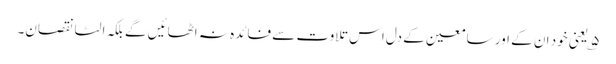
۵؎ یعنی خود ان کے اور سامعین کے دل اس تلاوت سے فائدہ نہ اٹھائیں گے بلکہ الٹا نقصان۔